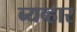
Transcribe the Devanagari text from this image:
ब्यब्हार